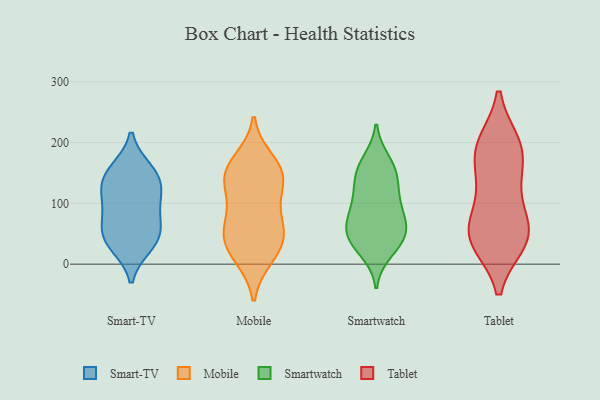
{"axis": {"x": "Website Visitors", "y": "Value"}, "legend": ["Mobile", "Smart-TV", "Smartwatch", "Tablet"], "data": [{"x": "", "y": 65, "type": "Smart-TV"}, {"x": "", "y": 32, "type": "Smart-TV"}, {"x": "", "y": 127, "type": "Smart-TV"}, {"x": "", "y": 101, "type": "Smart-TV"}, {"x": "", "y": 46, "type": "Smart-TV"}, {"x": "", "y": 56, "type": "Smart-TV"}, {"x": "", "y": 156, "type": "Smart-TV"}, {"x": "", "y": 155, "type": "Smart-TV"}, {"x": "", "y": 88, "type": "Smart-TV"}, {"x": "", "y": 30, "type": "Smart-TV"}, {"x": "", "y": 120, "type": "Smart-TV"}, {"x": "", "y": 139, "type": "Smart-TV"}, {"x": "", "y": 38, "type": "Mobile"}, {"x": "", "y": 123, "type": "Mobile"}, {"x": "", "y": 39, "type": "Mobile"}, {"x": "", "y": 55, "type": "Mobile"}, {"x": "", "y": 70, "type": "Mobile"}, {"x": "", "y": 154, "type": "Mobile"}, {"x": "", "y": 11, "type": "Mobile"}, {"x": "", "y": 171, "type": "Mobile"}, {"x": "", "y": 153, "type": "Mobile"}, {"x": "", "y": 60, "type": "Mobile"}, {"x": "", "y": 150, "type": "Mobile"}, {"x": "", "y": 14, "type": "Mobile"}, {"x": "", "y": 102, "type": "Mobile"}, {"x": "", "y": 137, "type": "Mobile"}, {"x": "", "y": 160, "type": "Smartwatch"}, {"x": "", "y": 90, "type": "Smartwatch"}, {"x": "", "y": 74, "type": "Smartwatch"}, {"x": "", "y": 38, "type": "Smartwatch"}, {"x": "", "y": 21, "type": "Smartwatch"}, {"x": "", "y": 38, "type": "Smartwatch"}, {"x": "", "y": 83, "type": "Smartwatch"}, {"x": "", "y": 56, "type": "Smartwatch"}, {"x": "", "y": 53, "type": "Smartwatch"}, {"x": "", "y": 115, "type": "Smartwatch"}, {"x": "", "y": 115, "type": "Smartwatch"}, {"x": "", "y": 144, "type": "Smartwatch"}, {"x": "", "y": 169, "type": "Smartwatch"}, {"x": "", "y": 48, "type": "Smartwatch"}, {"x": "", "y": 149, "type": "Smartwatch"}, {"x": "", "y": 197, "type": "Tablet"}, {"x": "", "y": 40, "type": "Tablet"}, {"x": "", "y": 37, "type": "Tablet"}, {"x": "", "y": 47, "type": "Tablet"}, {"x": "", "y": 188, "type": "Tablet"}, {"x": "", "y": 40, "type": "Tablet"}, {"x": "", "y": 181, "type": "Tablet"}, {"x": "", "y": 133, "type": "Tablet"}, {"x": "", "y": 62, "type": "Tablet"}, {"x": "", "y": 68, "type": "Tablet"}, {"x": "", "y": 195, "type": "Tablet"}, {"x": "", "y": 125, "type": "Tablet"}]}